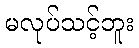
မလုပ်သင့်ဘူး